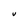
Character: U